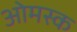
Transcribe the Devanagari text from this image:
ओमस्क